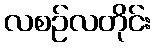
လစဉ်လတိုင်း